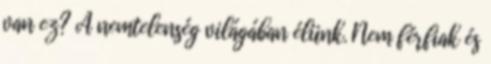
van ez? A nemtelenség világában élünk. Nem férfiak és